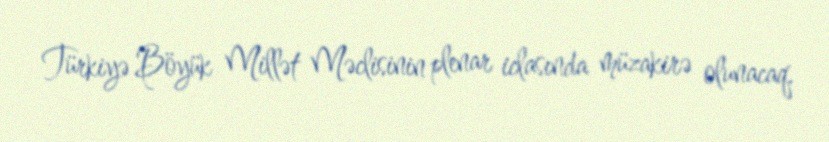
Türkiyə Böyük Millət Məclisinin plenar iclasında müzakirə olunacaq.